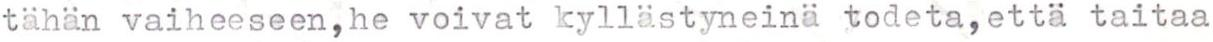
tähän vaiheeseen, he voivat kyllästyneinä todeta, että taitaa